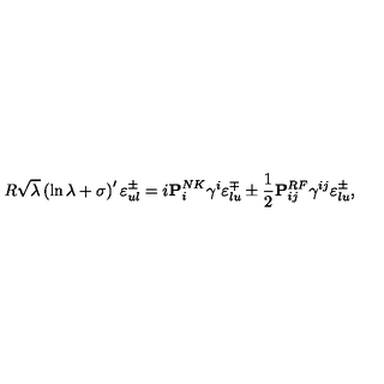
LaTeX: R \sqrt { \lambda } \left( \ln { \lambda } + \sigma \right) ^ { \prime } \varepsilon _ { u l } ^ { \pm } = i { \bf P } _ { i } ^ { N K } \gamma ^ { i } \varepsilon _ { l u } ^ { \mp } \pm { \frac { 1 } { 2 } } { \bf P } _ { i j } ^ { R F } \gamma ^ { i j } \varepsilon _ { l u } ^ { \pm } ,